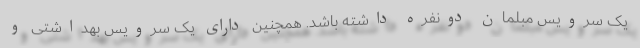
یک سرویس مبلمان دونفره داشته باشد. همچنین دارای یک سرویس بهداشتی و